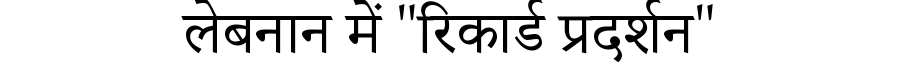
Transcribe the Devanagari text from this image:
लेबनान में "रिकार्ड प्रदर्शन"